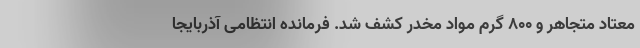
معتاد متجاهر و ۸۰۰ گرم مواد مخدر کشف شد. فرمانده انتظامی آذربایجا